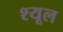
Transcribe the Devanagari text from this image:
श्यूल